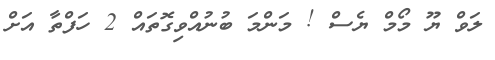
ލަވް ޔޫ މޯމް ޔެސް ! މަންމަ ބުނުއްވިގޮތައް 2 ހަފްތާ އަށް